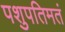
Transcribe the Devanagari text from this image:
पशुपतिमतं